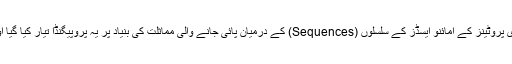
دراصل انسان اور چیمپینزی میں پائی جانے والی تیس چالیس بنیادی پروٹینز کے امائنو ایسڈز کے سلسلوں (Sequences) کے درمیان پائی جانے والی مماثلت کی بنیاد پر یہ پروپیگنڈا تیار کیا گیا اور غیر معمولی مبالغہ آمیزی کے ساتھ اس مماثلت کو بیان کیا گیا۔